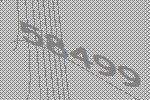
58499